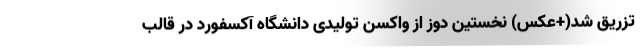
تزریق شد(+عکس) نخستین دوز از واکسن تولیدی دانشگاه آکسفورد در قالب